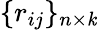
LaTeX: \{ r_{ij}\} _{n\times\mathit{k}}